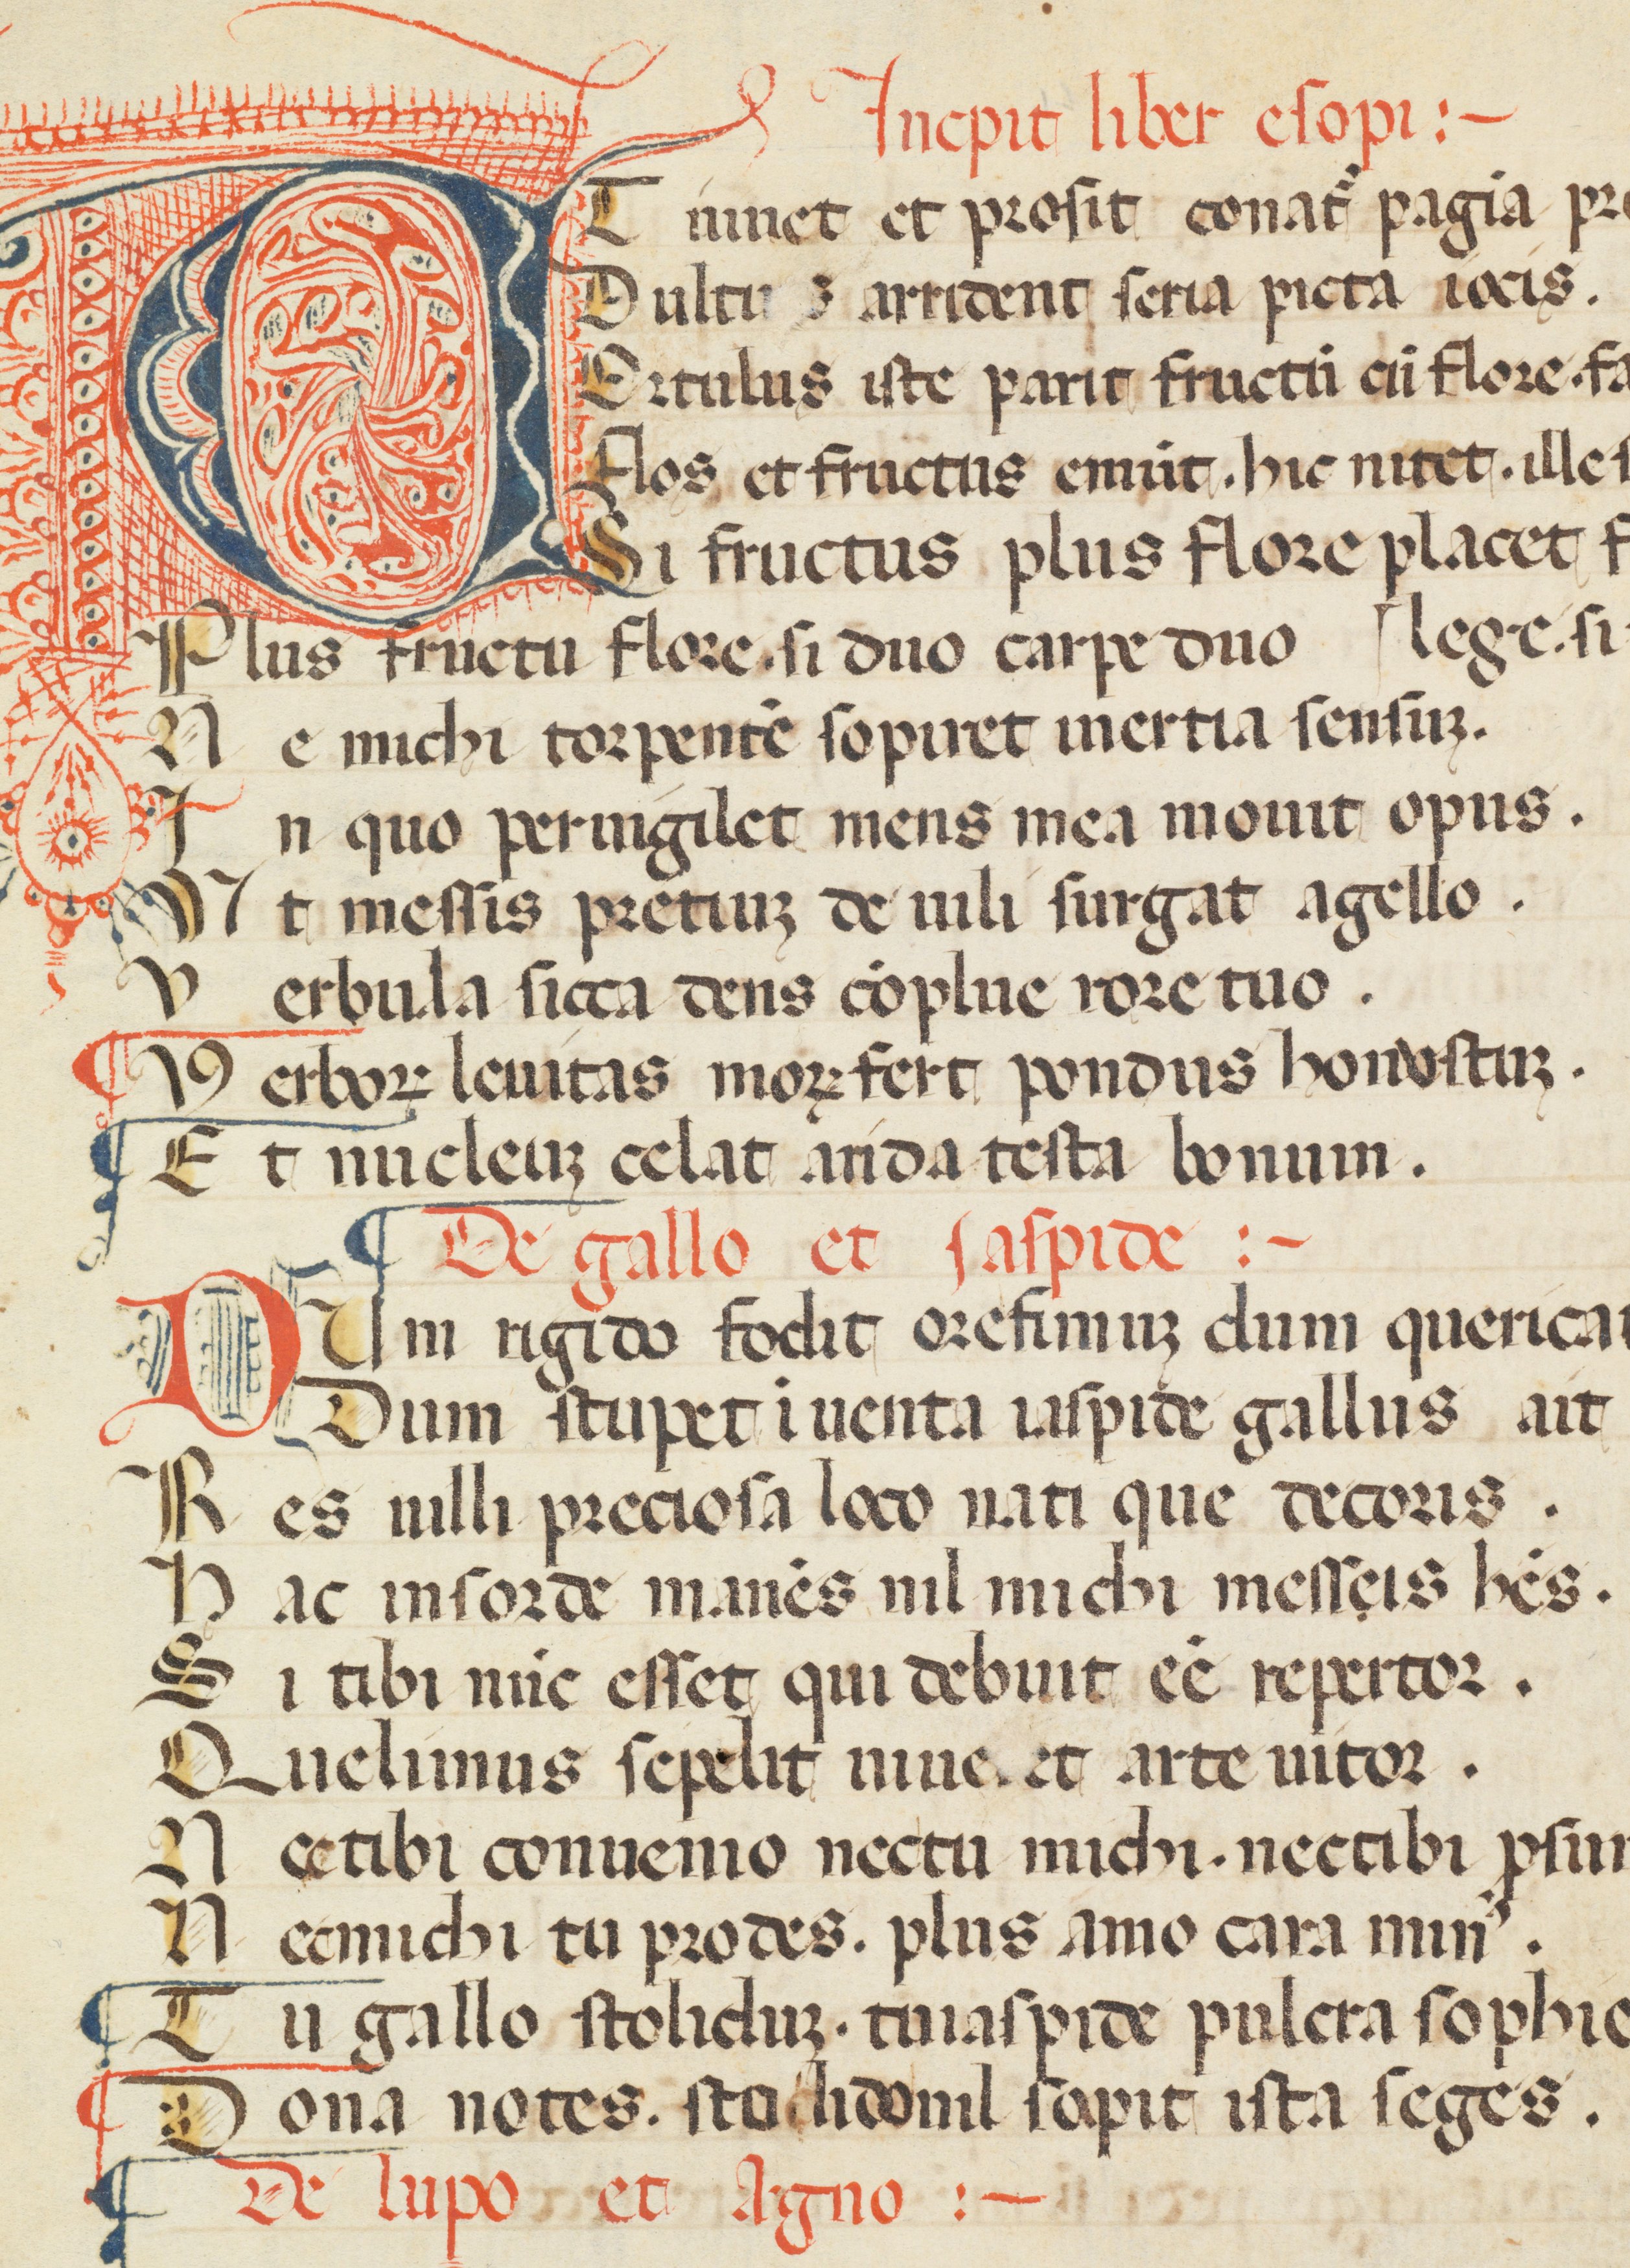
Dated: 1300–1399